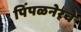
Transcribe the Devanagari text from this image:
पिंपळनेरचे